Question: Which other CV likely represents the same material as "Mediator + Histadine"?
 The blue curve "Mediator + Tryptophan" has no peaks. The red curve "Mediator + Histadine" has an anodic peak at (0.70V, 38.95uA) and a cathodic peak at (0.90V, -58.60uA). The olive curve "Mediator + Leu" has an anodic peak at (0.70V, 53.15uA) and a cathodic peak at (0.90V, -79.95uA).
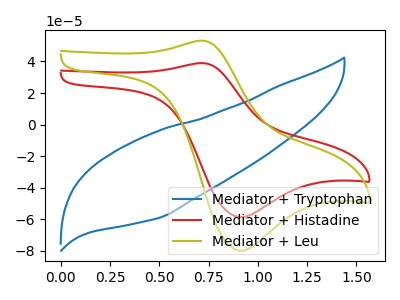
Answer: <think>"Mediator + Tryptophan" and "Mediator + Histadine" have a different number of peaks. "Mediator + Tryptophan" and "Mediator + Leu" have a different number of peaks. All the peaks in "Mediator + Histadine" have a peak in "Mediator + Leu" at the same potential. Every peak in "Mediator + Histadine" is lower than every peak in "Mediator + Leu".
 </think>
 <answer>The CV with the most similar shape to "Mediator + Leu" is "Mediator + Histadine".</answer>
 <eval>"Mediator + Histadine"</eval>